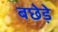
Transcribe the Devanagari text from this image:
बछेड़े